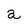
Character: a